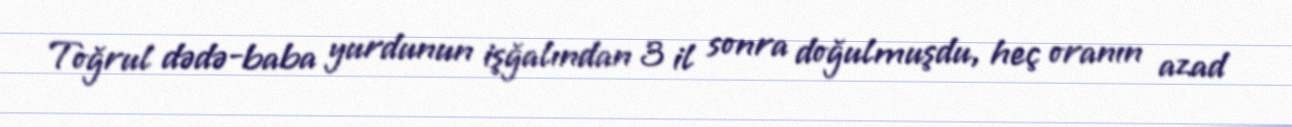
Toğrul dədə-baba yurdunun işğalından 3 il sonra doğulmuşdu, heç oranın azad